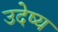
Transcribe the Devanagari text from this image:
उदेष्य